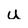
Character: U